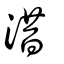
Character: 㳻